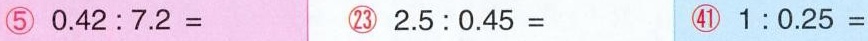
⑤ $$0 . 4 2 : 7 . 2 =$$ ㉓ $$2 . 5 : 0 . 4 5 =$$ ㊶ $$1 : 0 . 2 5 =$$